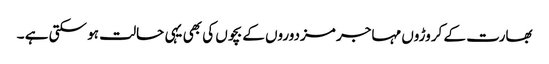
بھارت کے کروڑوں مہاجر مزدوروں کے بچوں کی بھی یہی حالت ہو سکتی ہے ۔